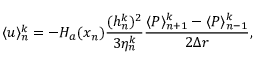
\langle u \rangle _ { n } ^ { k } = - H _ { a } ( x _ { n } ) \frac { ( h _ { n } ^ { k } ) ^ { 2 } } { 3 \eta _ { n } ^ { k } } \frac { \langle P \rangle _ { n + 1 } ^ { k } - \langle P \rangle _ { n - 1 } ^ { k } } { 2 \Delta r } ,